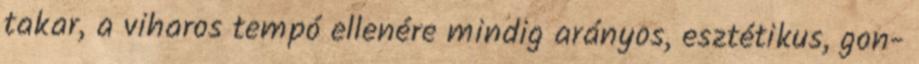
takar, a viharos tempó ellenére mindig arányos, esztétikus, gon-